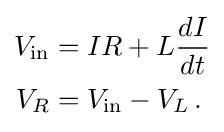
{\begin{aligned}V_{\mathrm {in} }&=IR+L{\frac {dI}{dt}}\\V_{R}&=V_{\mathrm {in} }-V_{L}\,.\end{aligned}}